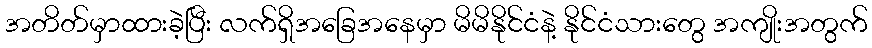
အတိတ်မှာထားခဲ့ပြီး လက်ရှိအခြေအနေမှာ မိမိနိုင်ငံနဲ့ နိုင်ငံသားတွေ အကျိုးအတွက်